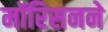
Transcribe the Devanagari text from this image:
मॉरिसनने